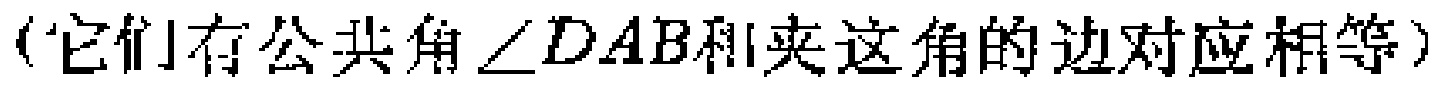
（它们有公共角\(\angle DAB\)和夹这角的边对应相等）